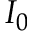
I _ { 0 }